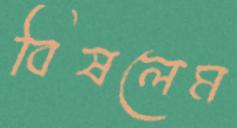
বিষলেম